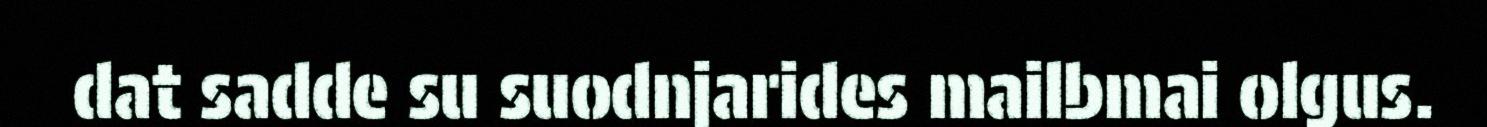
dat sadde su suodnjarides mailbmai olgus.